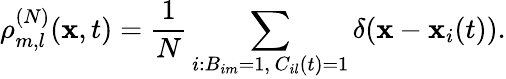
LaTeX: \rho_{m,l}^{(N)}(\mathbf{x},t)=\frac{{1}}{{N}}\sum_{\substack{i:B_{im}=1,\, C_{il}(t)=1}}\delta(\mathbf{x}-\mathbf{x}_{i}(t)).